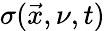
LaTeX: \sigma(\vec{x},\nu,t)